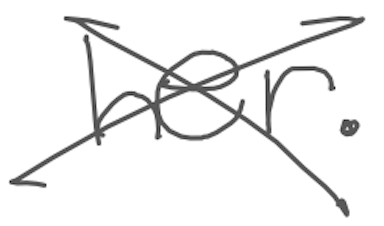
Text: her.
Cross-out: mix
Writing tool: digital_gray